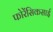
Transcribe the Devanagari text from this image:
फोरेंसिकसाई